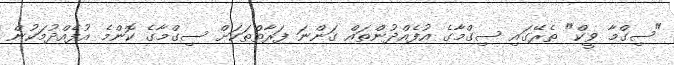
"ސިގްމާ ވީކް" ތެރޭގައި ސިގްމާގެ އުފެއްދުންތައް ގަންނަ ފަރާތްތަކަށް ސިގްމާގެ ކޮންމެ އުފެއްދުމަކުން